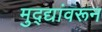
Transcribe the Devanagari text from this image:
मुद्द्यांवरून